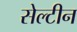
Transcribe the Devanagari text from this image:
सेल्टीन